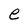
Character: e